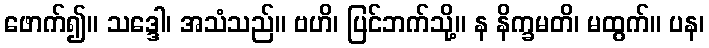
ဖောက်၍။ သဒ္ဒေါ၊ အသံသည်။ ဗဟိ၊ ပြင်ဘက်သို့။ န နိက္ခမတိ၊ မထွက်။ ပန၊